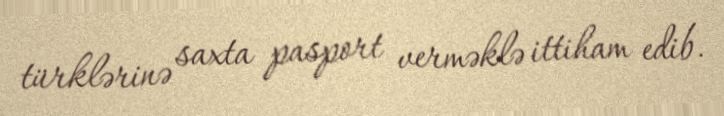
türklərinə saxta pasport verməklə ittiham edib.